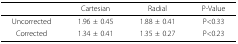
<table><thead><tr><td></td><td><b>Cartesian</b></td><td><b>Radial</b></td><td><b>P-Value</b></td></tr></thead><tbody><tr><td>Uncorrected</td><td>1.96 ± 0.45</td><td>1.88 ± 0.41</td><td>P&lt;0.33</td></tr><tr><td>Corrected</td><td>1.34 ± 0.41</td><td>1.35 ± 0.27</td><td>P&lt;0.23</td></tr></tbody></table>